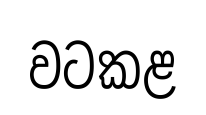
වටකළ